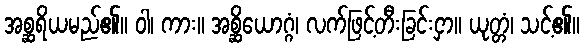
အစ္ဆရိယမည်၏။ ဝါ၊ ကား။ အစ္ဆိယောဂ္ဂံ၊ လက်ဖြင့်တီးခြင်းငှာ။ ယုတ္တံ၊ သင့်၏။